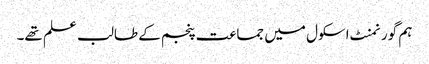
ہم گورنمنٹ اسکول میں جماعت پنجم کے طالب علم تھے۔